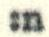
:n